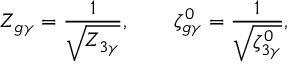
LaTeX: Z _ { g \gamma } = \frac { 1 } { \sqrt { Z _ { 3 \gamma } } } , \qquad \zeta _ { g \gamma } ^ { 0 } = \frac { 1 } { \sqrt { \zeta _ { 3 \gamma } ^ { 0 } } } ,